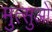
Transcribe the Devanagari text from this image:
मुत्सुओ